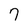
Character: 7